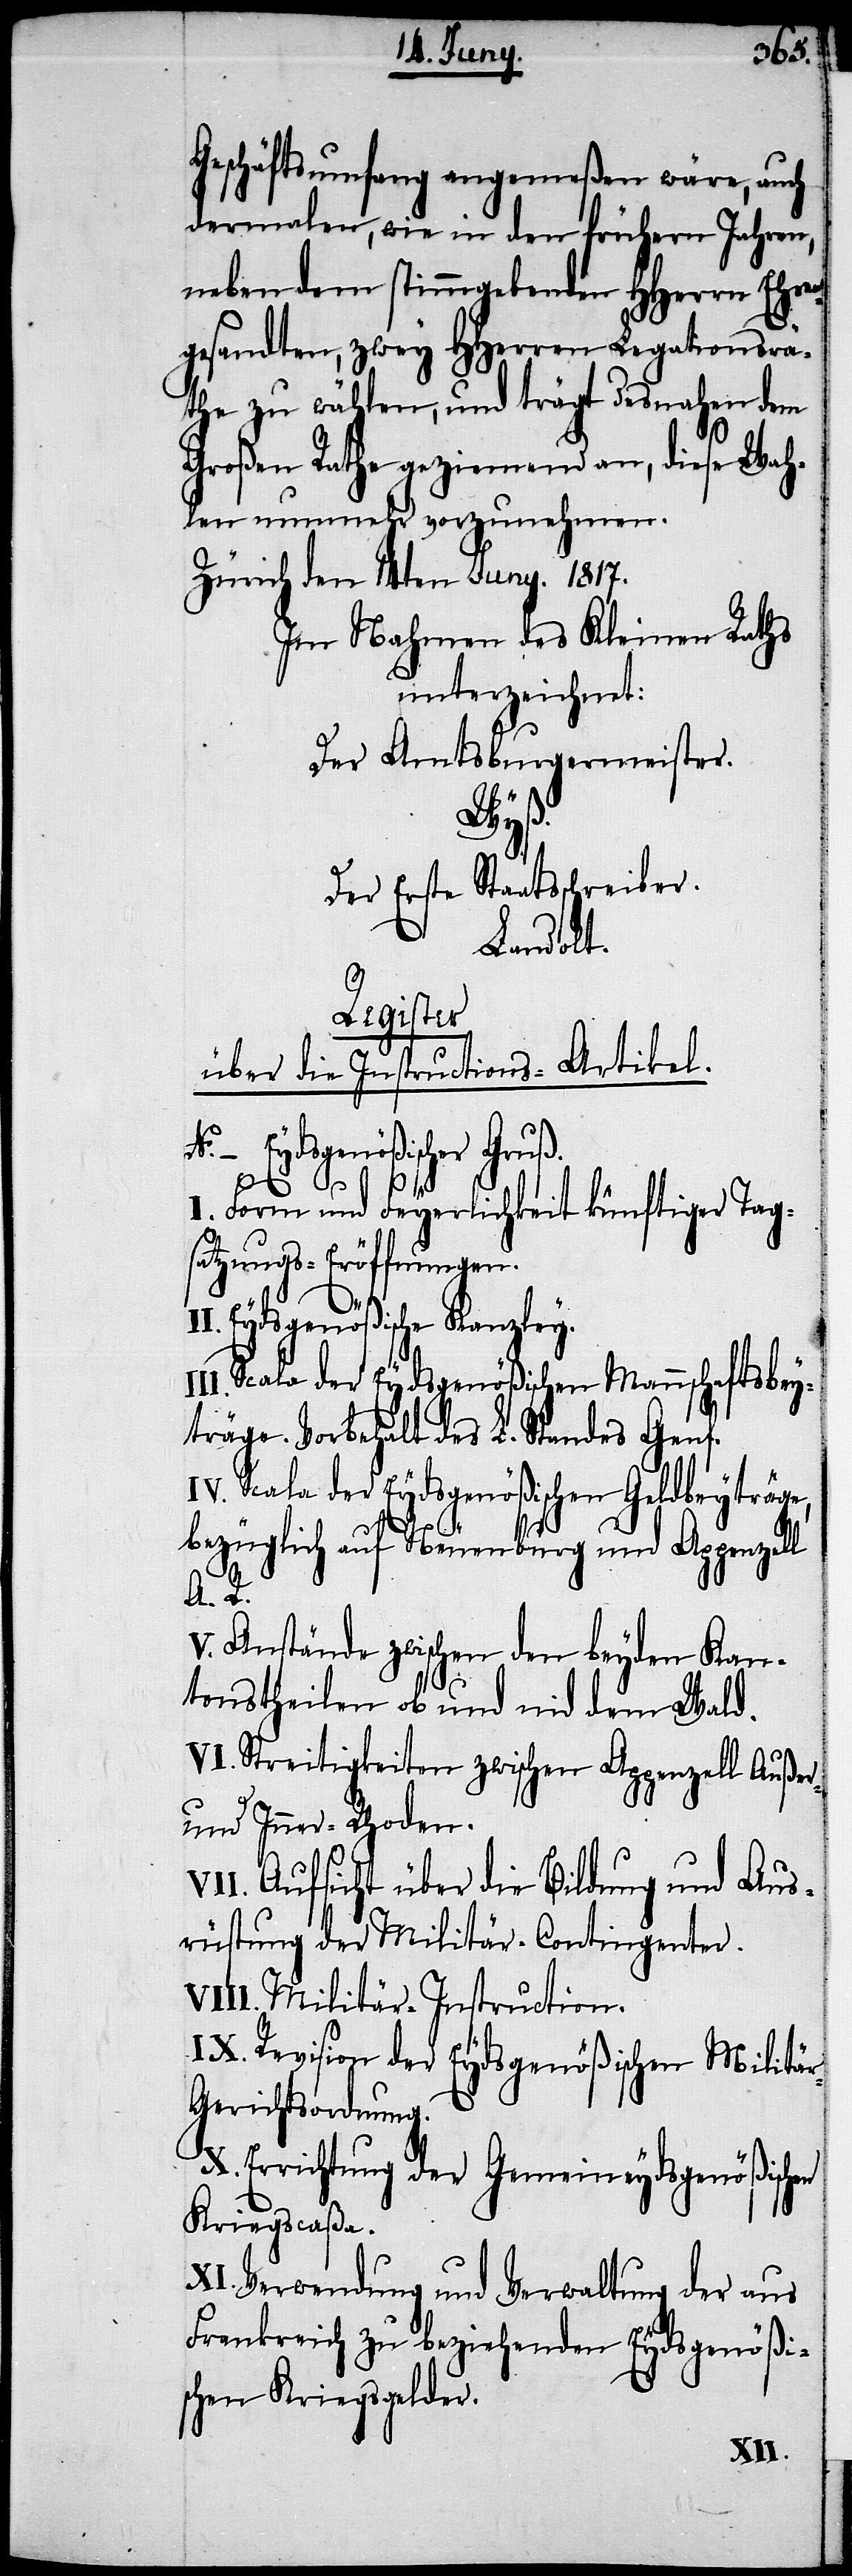
Geschäftsumfang angemeßen wäre, auch
dermalen, wie in den frühern Jahren,
neben dem stimmgebenden HHerrn Ehren¬
gesandten, zwey HHerren Legationsrä¬
the zu wählen, und trägt desnahen dem
Großen Rathe geziemend an, diese Wah¬
len nunmehr vorzunehmen.
Zürich den 14ten Juny. 1817.
Im Nahmen des Kleinen Raths
unterzeichnet:
Der Amtsburgermeister.
Wyß.
Der Erste Staatsschreiber.
Landolt.
Register
über die Instructions-Artikel.
Eydsgenößischer Gruß.
Form und Feyerlichkeit künftiger Tag¬
satzungs-Eröffnungen.
en
Eydsgenößische Kanzley.
Scala der Eydsgenößischen Mannschaftsbey¬
träge. Vorbehalt des L. Standes Genf.
Scala der Eydsgenößischen Geldbeyträge,
bezüglich auf Neuenburg und Appenzell
A. R.
Anstände zwischen den beyden Kan¬
tonstheilen ob und nid dem Wald.
Streitigkeiten zwischen Appenzell Außer-
und Inner-Rhoden.
Aufsicht über die Bildung und Aus¬
rüstung der Militär-Contingenter.
Militär-Instruction.
Revision der Eydsgenößischen Militä¬
r-Gerichtsordnung.
Errichtung der Gemeineydsgenößisch¬
Kriegscaßa.
Verwendung und Verwaltung der aus
Frankreich zu beziehenden Eydsgenößi¬
schen Kriegsgelder.